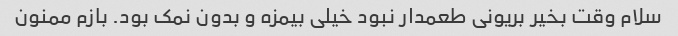
سلام وقت بخیر بریونی طعمدار نبود خیلی بیمزه و بدون نمک بود. بازم ممنون